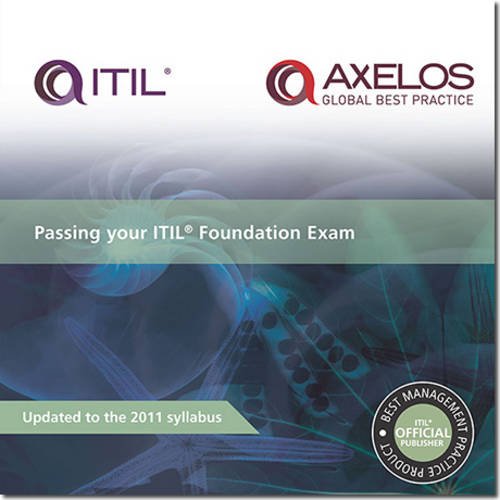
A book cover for Passing Your Itil Foundation Exam (Best Management Practice); Christian F. Nissen; Computers & Technology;